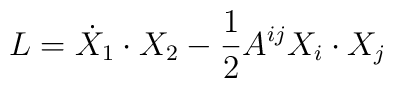
L=\dot{X}_{1}\cdot X_{2}-\frac{1}{2}A^{ij}X_{i}\cdot X_{j}